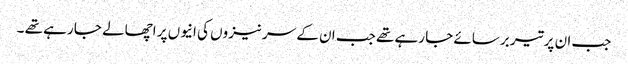
جب ان پر تیر برسائے جا رہے تھے جب ان کے سر نیزوں کی انیوں پر اچھالے جا رہے تھے ۔